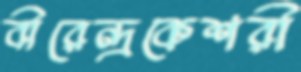
বীরেন্দ্রকেশরী